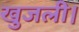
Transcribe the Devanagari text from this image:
खुजली।